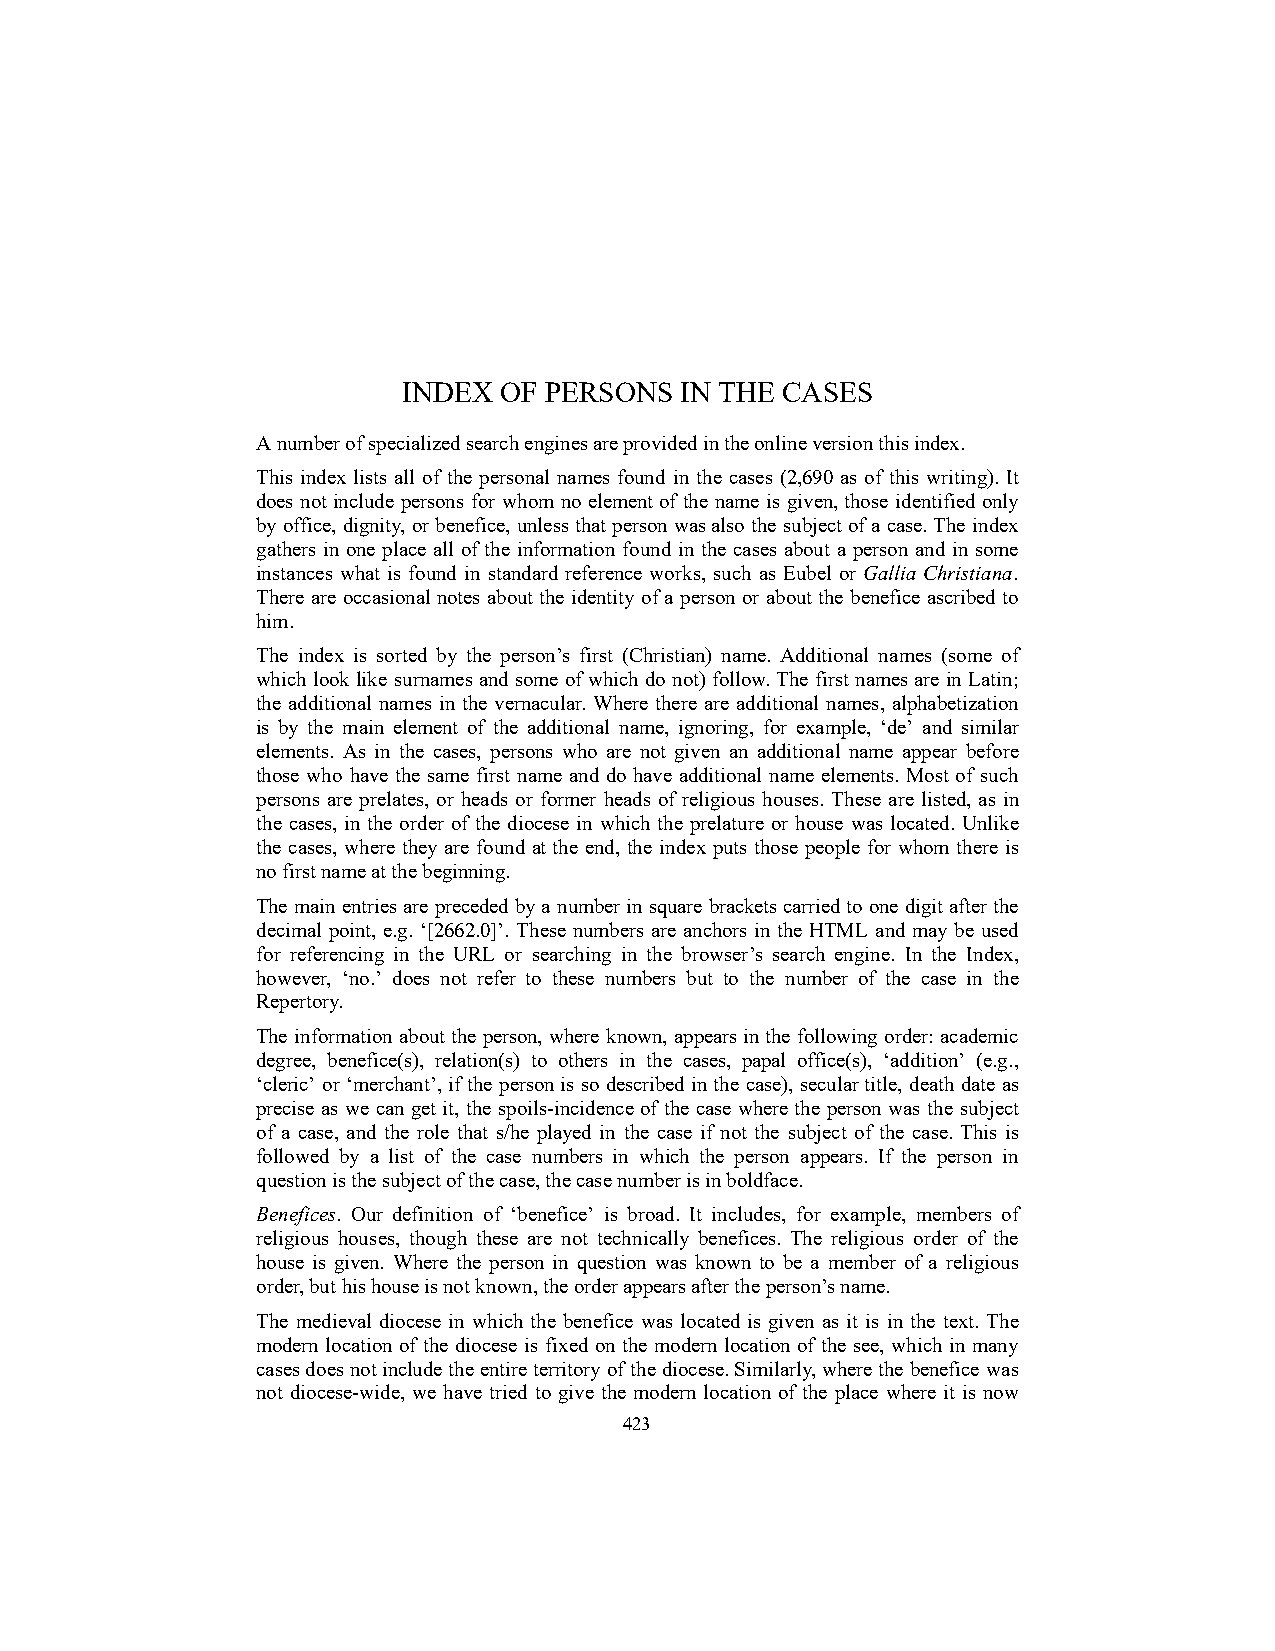
INDEX OF PERSONS  IN THE CASES
 A number of specialized search engines are provided in the online version this index.
 This index lists all of the personal names found in the cases (2,690 as of this writing). It
 does not include persons for whom no element of the name is given, those identified only
 by office, dignity, or benefice, unless that person was also the subject of a case. The index
 gathers in one place all of the information found in the cases about a person and in some
 instances what is found in standard reference works, such as Eubel or Gallia Christiana.
 There are occasional notes about the identity of a person or about the benefice ascribed to
 him.
 The index is sorted by the person’s first (Christian) name. Additional names (some of
 which look like surnames and some of which do not) follow. The first names are in Latin;
 the additional names in the vernacular. Where there are additional names, alphabetization
 is by the main element of the additional name, ignoring, for example, ‘de’ and similar
 elements. As in the cases, persons who are not given an additional name appear before
 those who have the same first name and do have additional name elements. Most of such
 persons are prelates, or heads or former heads of religious houses. These are listed, as in
 the cases, in the order of the diocese in which the prelature or house was located. Unlike
 the cases, where they are found at the end, the index puts those people for whom there is
 no first name at the beginning.
 The main entries are preceded by a number in square brackets carried to one digit after the
 decimal point, e.g. ‘[2662.0]’. These numbers are anchors in the HTML and may be used
 for referencing in the URL or searching in the browser’s search engine. In the Index,
 however, ‘no.’ does not refer to these numbers but to the number of the case in the
 Repertory.
 The information about the person, where known, appears in the following order: academic
 degree, benefice(s), relation(s) to others in the cases, papal office(s), ‘addition’ (e.g.,
 ‘cleric’ or ‘merchant’, if the person is so described in the case), secular title, death date as
 precise as we can get it, the spoils-incidence of the case where the person was the subject
 of a case, and the role that s/he played in the case if not the subject of the case. This is
 followed by a list of the case numbers in which the person appears. If the person in
 question is the subject of the case, the case number is in boldface.
 Benefices. Our definition of ‘benefice’ is broad. It includes, for example, members of
 religious houses, though these are not technically benefices. The religious order of the
 house is given. Where the person in question was known to be a member of a religious
 order, but his house is not known, the order appears after the person’s name.
 The medieval diocese in which the benefice was located is given as it is in the text. The
 modern location of the diocese is fixed on the modern location of the see, which in many
 cases does not include the entire territory of the diocese. Similarly, where the benefice was
 not diocese-wide, we have tried to give the modern location of the place where it is now
 423